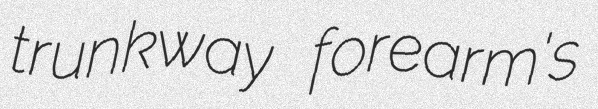
trunkway forearm's